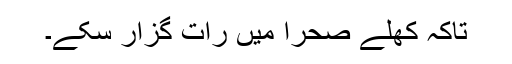
تاکہ کھلے صحرا میں رات گزار سکے۔